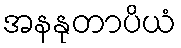
အနနုတာပိယံ